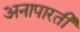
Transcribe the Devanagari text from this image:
अनापारती